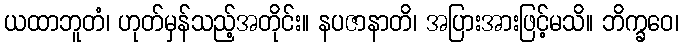
ယထာဘူတံ၊ ဟုတ်မှန်သည့်အတိုင်း။ နပဇာနာတိ၊ အပြားအားဖြင့်မသိ။ ဘိက္ခဝေ၊